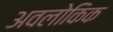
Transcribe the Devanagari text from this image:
अवलोकिक